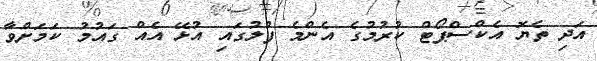
އަދި ތެޔޮ އެކްސްޕޯޓް ކުރުމުގެ އެންމެ ފުލުގައި އުޅޭ އެއް ގައުމު ކަމަށްވާ